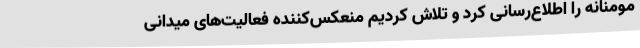
مومنانه را اطلاع‌رسانی کرد و تلاش کردیم منعکس‌کننده فعالیت‌های میدانی